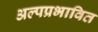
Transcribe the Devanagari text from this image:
अल्पप्रभावित